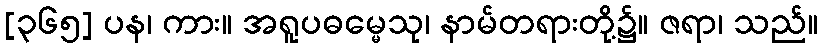
[၃၆၅] ပန၊ ကား။ အရူပဓမ္မေသု၊ နာမ်တရားတို့၌။ ဇရာ၊ သည်။